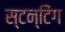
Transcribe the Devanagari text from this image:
स्टन्टिंग